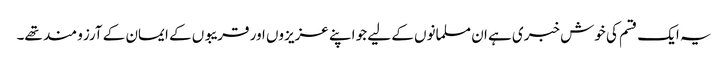
یہ ایک قسم کی خوش خبری ہے ان مسلمانوں کے لیے جو اپنے عزیزوں اور قریبوں کے ایمان کے آرزو مند تھے۔